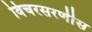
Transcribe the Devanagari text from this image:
विचरसरणीस